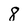
Character: 8